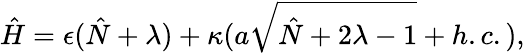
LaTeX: \hat{H}=\epsilon(\hat{N}+\lambda)+\kappa(a\sqrt{\hat{N}+2\lambda-1}+h.c.),